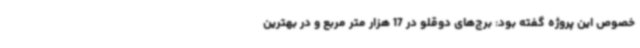
خصوص این پروژه گفته بود: برج‌های دوقلو در 17 هزار متر مربع و در بهترین